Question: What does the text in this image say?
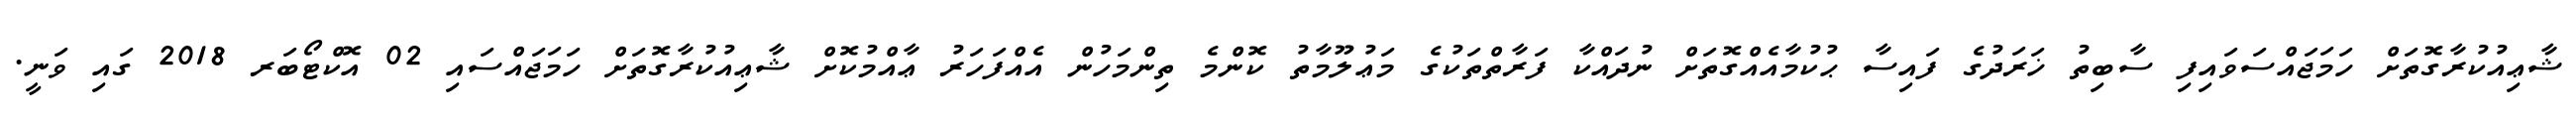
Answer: ޝާޢިއުކުރާގޮތަށް ހަމަޖައްސަވައިފި ސާބިތު ޚަރަދުގެ ފައިސާ ޙުކުމާއެއްގޮތަށް ނުދައްކާ ފަރާތްތަކުގެ މަޢުލޫމާތު ކޮންމެ ތިންމަހުން އެއްފަހަރު ޢާއްމުކޮށް ޝާޢިއުކުރާގޮތަށް ހަމަޖައްސައި 02 އޮކްޓޯބަރ 2018 ގައި ވަނީ.